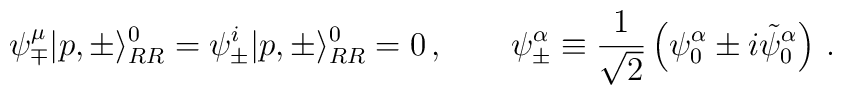
\psi^\mu_\mp |p,\pm\rangle_{RR}^0 = \psi^i_\pm |p,\pm\rangle_{RR}^0 = 0  \,, \qquad\psi^\alpha_{\pm} \equiv {1 \over \sqrt{2}} \left( \psi_0^{\alpha}\pm i \tilde{\psi}_0^{\alpha} \right) \,.